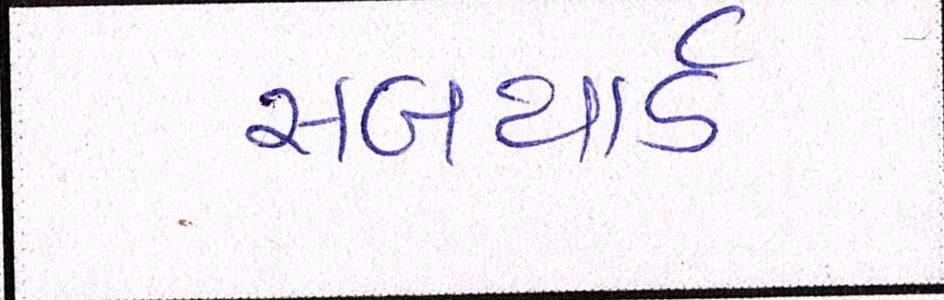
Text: સબયાર્ડ